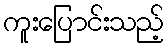
ကူးပြောင်းသည့်